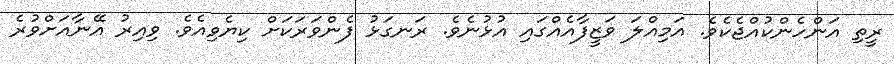
ރީތި އަންހެންކުއްޖެކެވެ. އަމިއްލަ ވަޒީފާއެއްގައި އުޅުނެވެ. ރަނގަޅު ފެންވަރަކަށް ކިޔެވިއެވެ. ވިއިރު އޭނާއަށްވުރެ